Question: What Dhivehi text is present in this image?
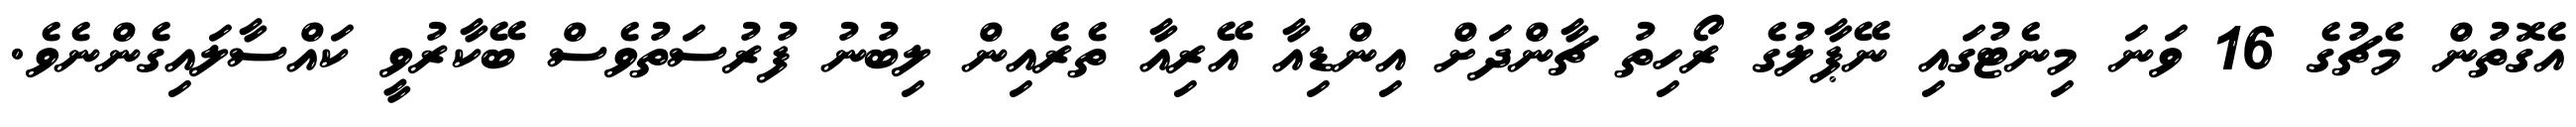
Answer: އެގޮތުން މެޗުގެ 16 ވަނަ މިނެޓުގައި ނޭޕާލުގެ ރޯހިތު ޗާންދަށް އިންޑިއާ އޭރިއާ ތެރެއިން ލިބުނު ފުރުސަތުވެސް ބޭކާރުވީ ކައްސާލައިގެންނެވެ.